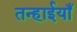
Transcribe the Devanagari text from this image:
तन्हाईयाँ